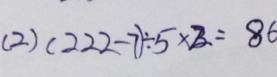
( 2 ) ( 2 2 2 - 7 ) \div 5 \times 2 = 8 6